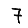
Digit: 7